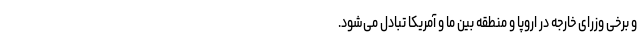
و برخی وزرای خارجه در اروپا و منطقه بین ما و آمریکا تبادل می‌شود.